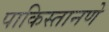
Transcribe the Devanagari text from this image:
पाकिस्तानणे